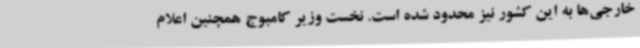
خارجی‌ها به این کشور نیز محدود شده است. نخست وزیر کامبوج همچنین اعلام